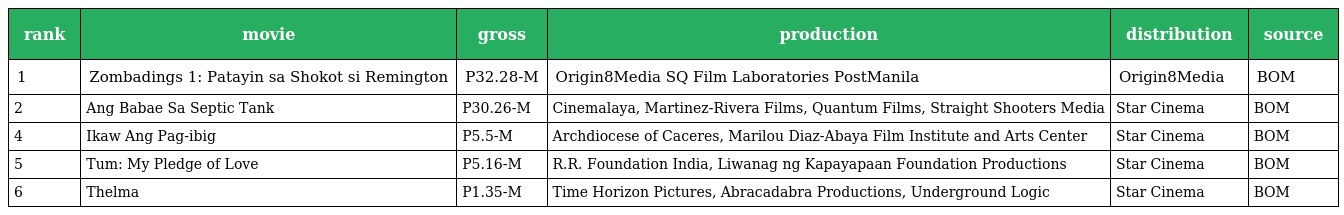
| rank | movie | gross | production | distribution | source |
 | --- | --- | --- | --- | --- | --- |
 | 1 | Zombadings 1: Patayin sa Shokot si Remington | P32.28-M | Origin8Media SQ Film Laboratories PostManila | Origin8Media | BOM |
 | 2 | Ang Babae Sa Septic Tank | P30.26-M | Cinemalaya, Martinez-Rivera Films, Quantum Films, Straight Shooters Media | Star Cinema | BOM |
 | 4 | Ikaw Ang Pag-ibig | P5.5-M | Archdiocese of Caceres, Marilou Diaz-Abaya Film Institute and Arts Center | Star Cinema | BOM |
 | 5 | Tum: My Pledge of Love | P5.16-M | R.R. Foundation India, Liwanag ng Kapayapaan Foundation Productions | Star Cinema | BOM |
 | 6 | Thelma | P1.35-M | Time Horizon Pictures, Abracadabra Productions, Underground Logic | Star Cinema | BOM |